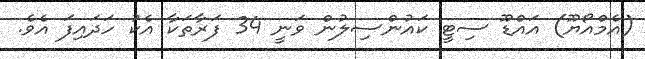
(އެމްއޯޔޫ) އައްޑޫ ސިޓީ ކައުންސިލުން ވަނީ 34 ފަރާތަކާ އެކު ހަދައިފަ އެވެ.